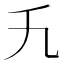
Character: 𬼃